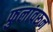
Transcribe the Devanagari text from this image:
फुलांवरून